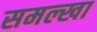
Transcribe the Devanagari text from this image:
समल्खा